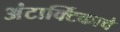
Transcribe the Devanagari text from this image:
अंटार्क्टिकाचे